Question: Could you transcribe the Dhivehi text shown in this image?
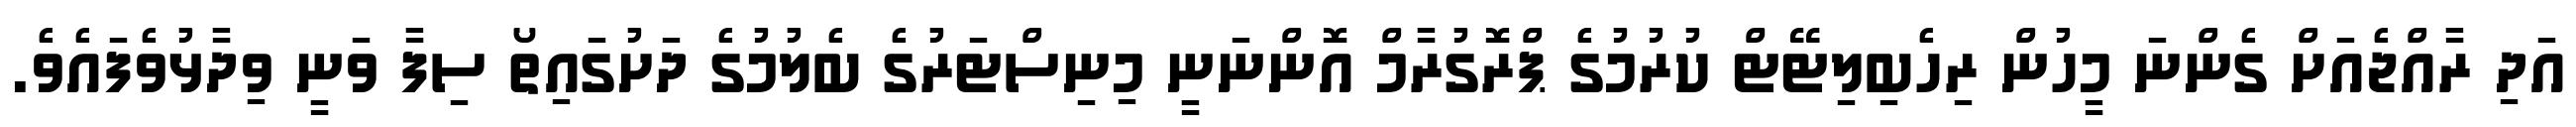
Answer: އަދި ރާއްޖެއަށް ގެންނަ މީހުން ރިހެބިލިޓޭޓް ކުރުމުގެ ޕްރޮގުރާމް އޮންނަނީ މިނިސްޓަރުގެ ބެލުމުގެ ދަށުގައިތޯ ސިފާ ވަނީ ވިދާޅުވެފައެވެ.